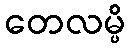
တေလမ္ပိ